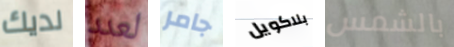
لديك لعدد جامر بلاكويل بالشمس